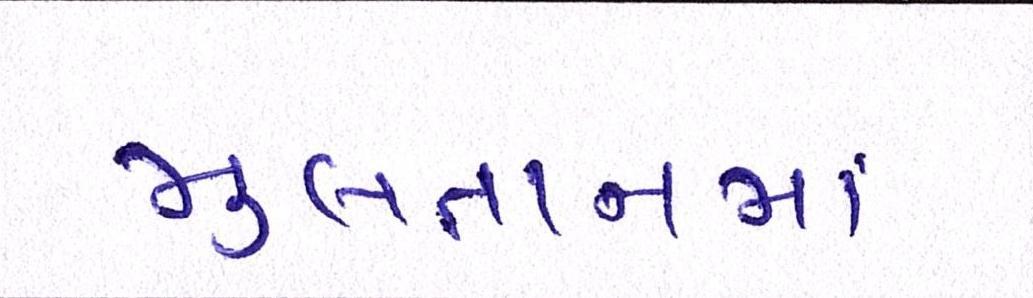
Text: મુલતાનમાં